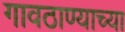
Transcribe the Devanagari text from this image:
गावठाण्याच्या